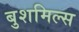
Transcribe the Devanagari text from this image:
बुशमिल्स